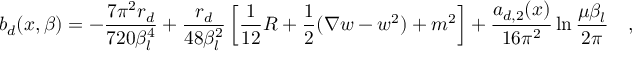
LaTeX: b _ { d } ( x , \beta ) = - { \frac { 7 \pi ^ { 2 } r _ { d } } { 7 2 0 \beta _ { l } ^ { 4 } } } + { \frac { r _ { d } } { 4 8 \beta _ { l } ^ { 2 } } } \left[ { \frac { 1 } { 1 2 } } R + \frac 1 2 ( \nabla w - w ^ { 2 } ) + m ^ { 2 } \right] + { \frac { a _ { d , 2 } ( x ) } { 1 6 \pi ^ { 2 } } } \ln { \frac { \mu \beta _ { l } } { 2 \pi } } ~ ~ ~ ,